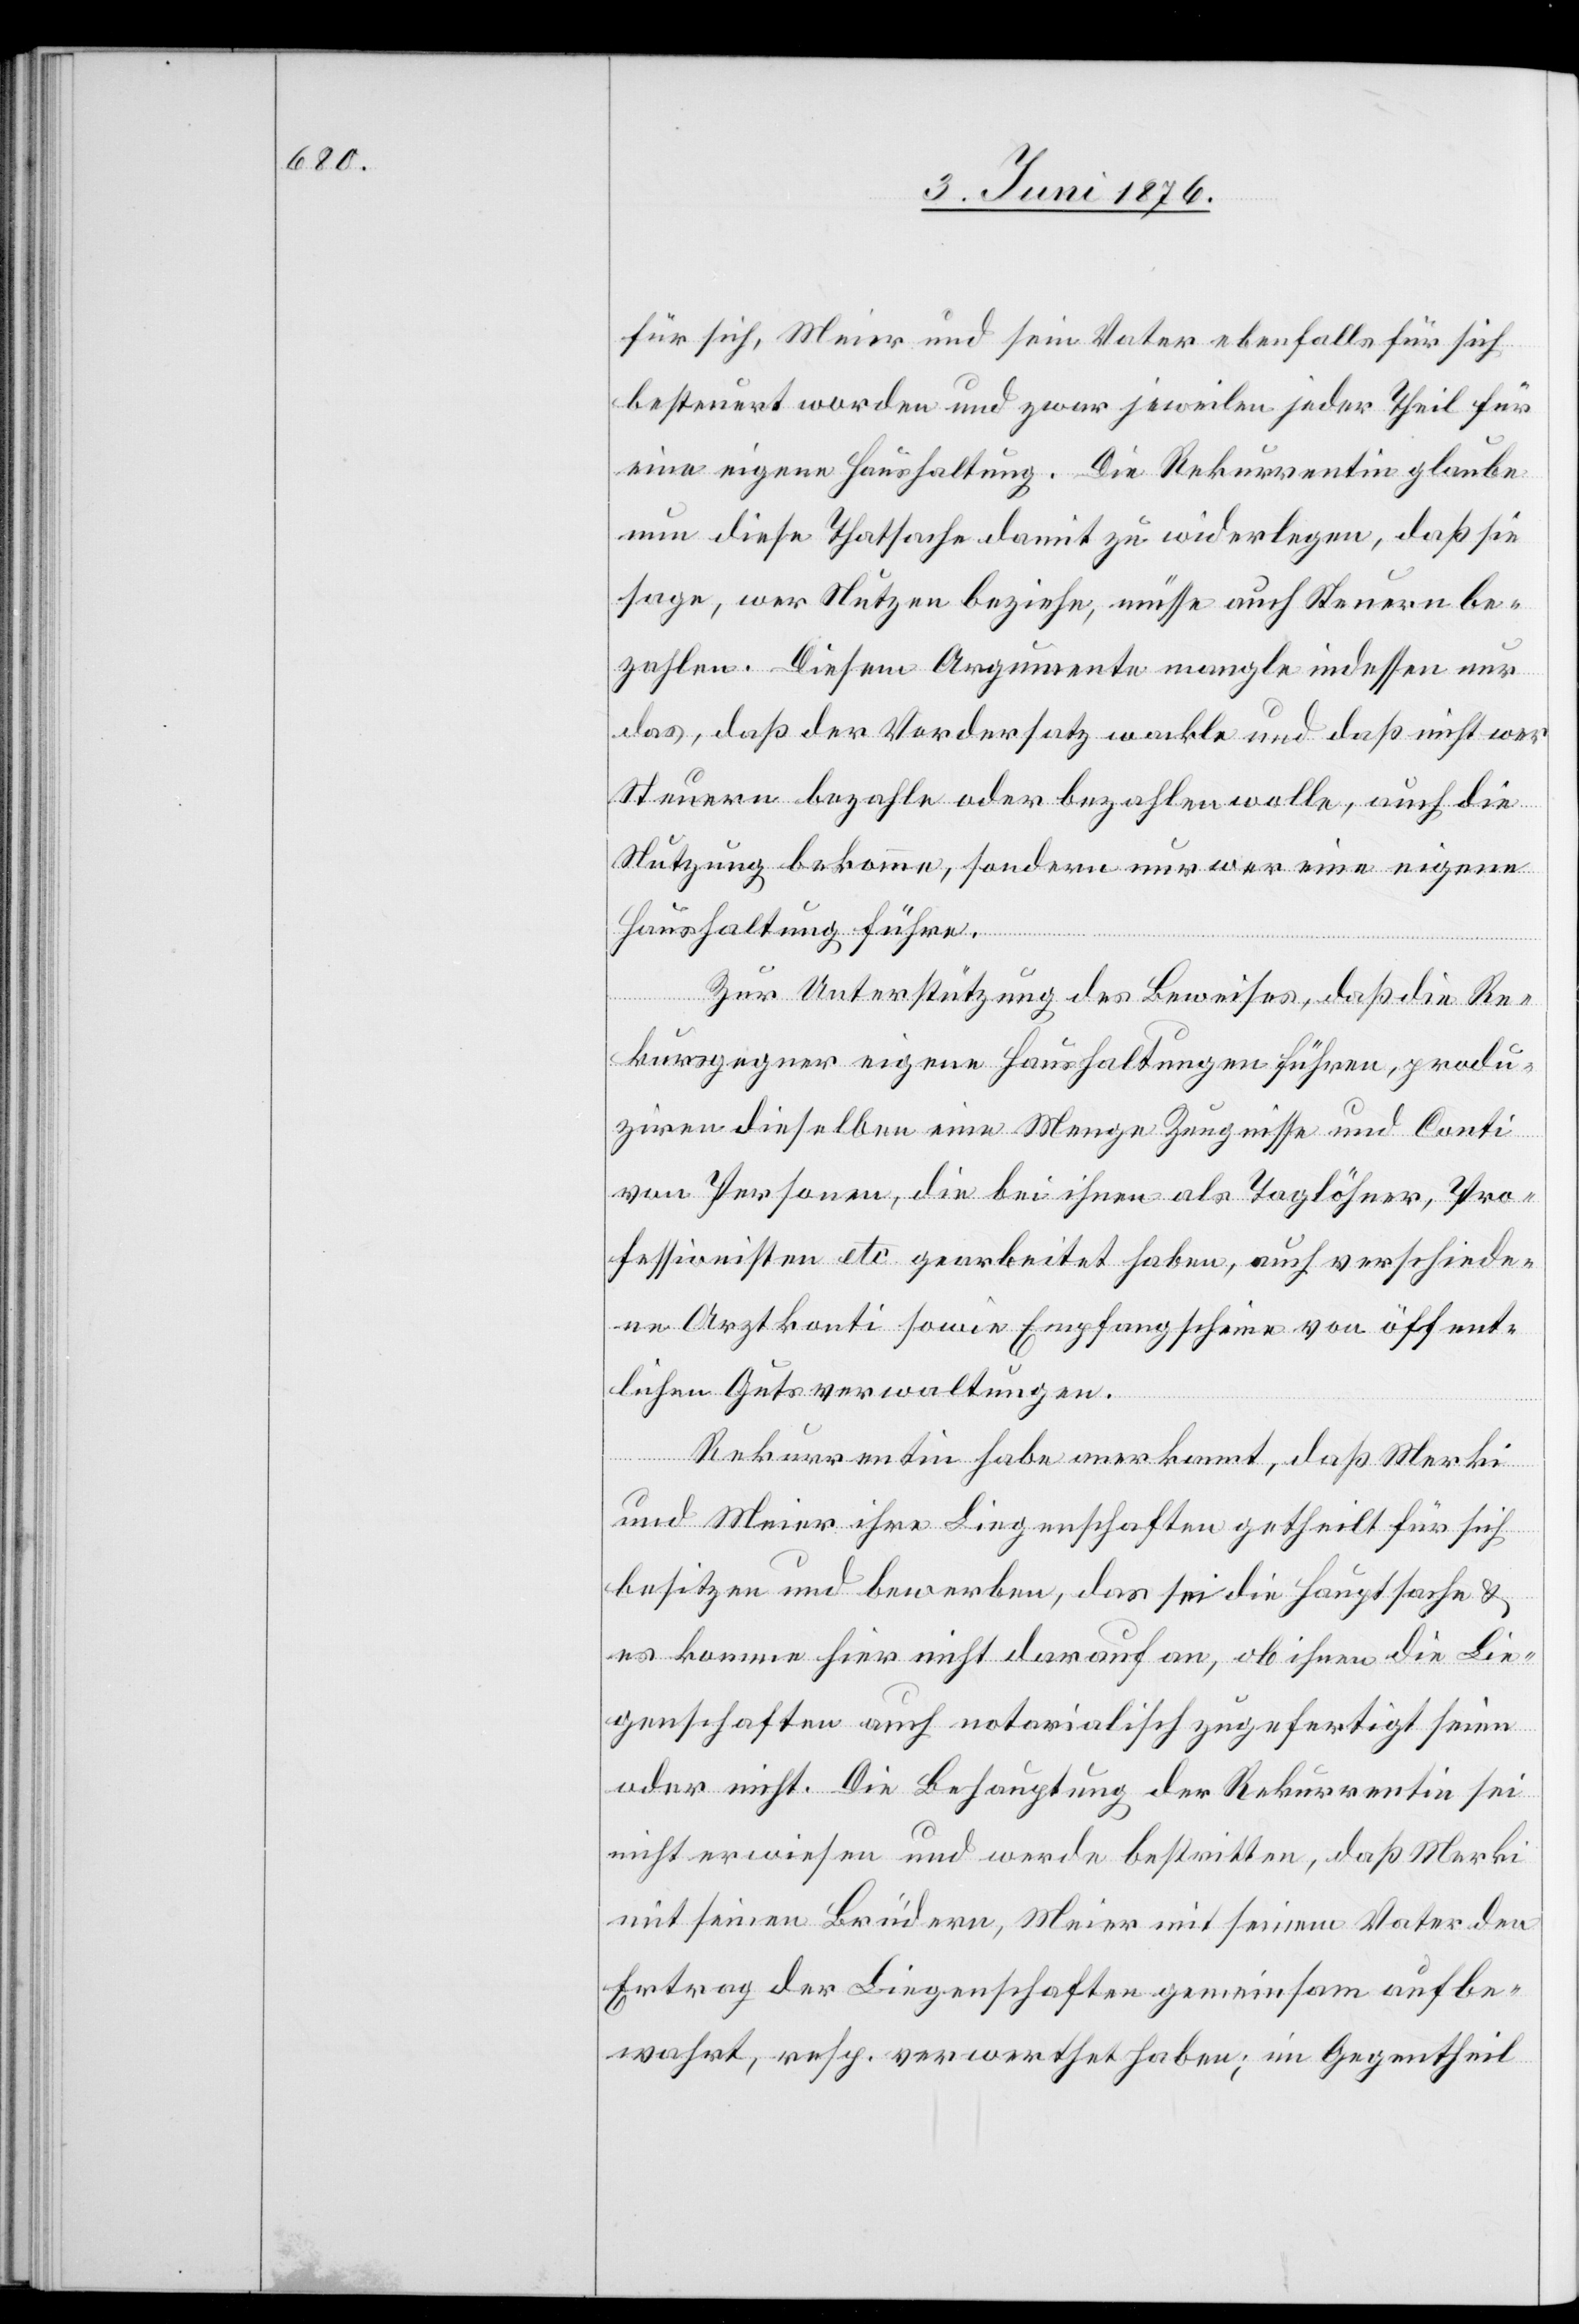
für sich, Meier und sein Vater ebenfalls für sich
besteuert worden und zwar jeweilen jeder Theil für
eine eigene Haushaltung. Die Rekurrentin glaube
nun diese Thatsache damit zu widerlegen, daß sie
sage, wer Nutzen beziehe, müsse auch Steuern be¬
zahlen. Diesem Argumente mangle indessen nur
das, daß der Vordersatz wackle und daß nicht wer
Steuern bezahle oder bezahlen wolle, auch die
Nutzung bekomme, sondern nur wer eine eigene
Haushaltung führe.
Zur Unterstützung des Beweises, daß die Re¬
kursgegner eigene Haushaltungen führen, produ¬
zieren dieselben eine Menge Zeugnisse und Conti
von Personen, die bei ihnen als Taglöhner, Pro¬
fessionisten etc. gearbeitet haben, auch verschiede¬
ne Arztkonti sowie Empfangsscheine von öffent¬
lichen Gutsverwaltungen.
Rekurrentin habe anerkannt, das Merki
und Meier ihre Liegenschaften getheilt für sich
besitzen und bewerben, das sei die Hauptsache &
es komme hier nicht darauf an, ob ihm die Lie¬
genschaften auch notarialische zugefertigt seien
oder nicht. Die Behauptung der Rekurrentin sei
nicht erwiesen und werde bestritten, daß Merki
mit seinen Brüdern, Meier mit seinem Vater den
Ertrag der Liegenschaften gemeinsam aufbe¬
wahrt, resp. verwarthet haben; im Gegentheil